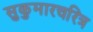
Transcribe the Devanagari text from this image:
सुकुमारचरित्र